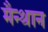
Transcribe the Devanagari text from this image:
मैन्थान